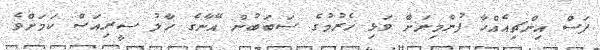
ފަސް އިންޗިއެއްހާ ފުންމިނަށް ވަޅި ހެރުމުގެ ސަބަބުން އޭނާގެ ހާލު ސީރިއަސް ކަމަށްވެ